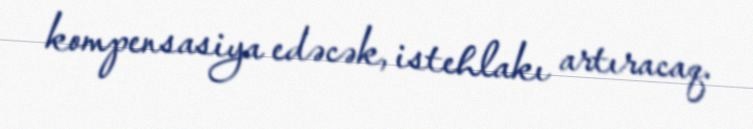
kompensasiya edəcək, istehlakı artıracaq.